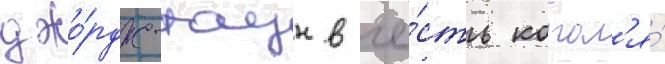
джо́рдж-таун в че́сть корол'я́